Subject: math
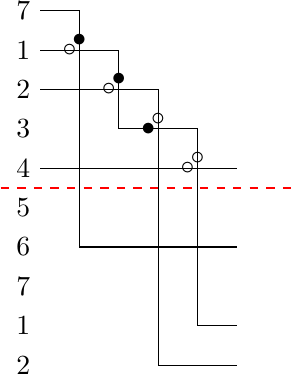
LaTeX code:
    \begin{tikzpicture}[scale=0.5]
        \draw (0,7) node [left] {$7$} -- (1,7) -- (1,1) -- (5,1);
        \draw (0,6) node [left] {$1$} -- (2,6) -- (2,4) -- (4,4) -- (4,-1) -- (5,-1);
        \draw (0,5) node [left] {$2$} -- (3,5) -- (3,-2) -- (5,-2);
        \draw (0,3) node [left] {$4$} -- (5,3);
        \node at (0,4) [left] {$3$};
        \node at (0,2) [left] {$5$};
        \node at (0,1) [left] {$6$};
        \node at (0,0) [left] {$7$};
        \node at (0,-1) [left] {$1$};
        \node at (0,-2) [left] {$2$};
        \draw [dashed, red] (-1,2.5) -- (6.5,2.5);
        \node at (0.75,6) [] {$\circ$};
        \node at (1,6.25) [] {$\bullet$};
        \node at (1.75,5) [] {$\circ$};
        \node at (2,5.25) [] {$\bullet$};
        \node at (2.75,4) [] {$\bullet$};
        \node at (3,4.25) [] {$\circ$};
        \node at (3.75,3) [] {$\circ$};
        \node at (4,3.25) [] {$\circ$};
        \end{tikzpicture} \hspace{2cm}